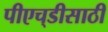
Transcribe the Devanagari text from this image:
पीएच्‌डीसाठी